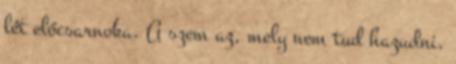
lét előcsarnoka. A szem az, mely nem tud hazudni,